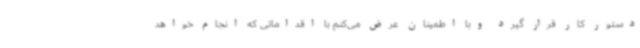
دستور کار قرار گیرد وبا اطمینان عرض می‌کنم با اقداماتی که انجام خواهد